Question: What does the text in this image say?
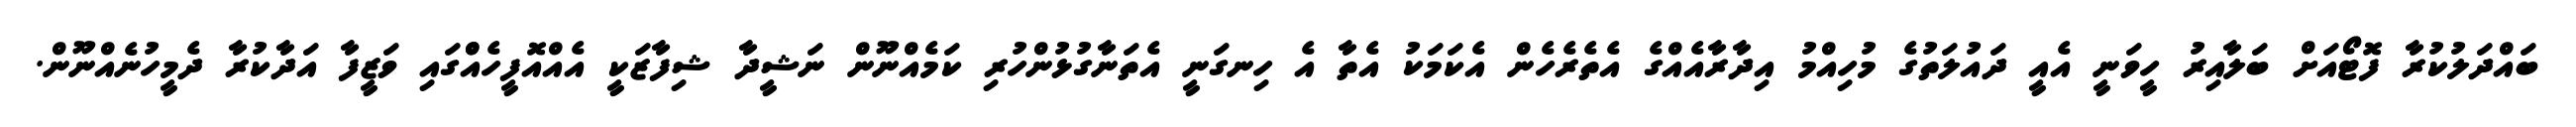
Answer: ބައްދަލުކުރާ ފޮޓޯއަށް ބަލާއިރު ހީވަނީ އެއީ ދައުލަތުގެ މުހިއްމު އިދާރާއެއްގެ އެތެރެހެން އެކަމަކު އެތާ އެ ހިނގަނީ އެތަނާގުޅުންހުރި ކަމެއްނޫން ނަޝީދާ ޝިފާޒަކީ އެއްއޮފީހެއްްގައި ވަޒީފާ އަދާކުރާ ދެމީހުނެއްނޫން.